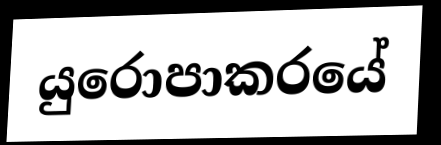
යුරොපාකරයේ